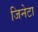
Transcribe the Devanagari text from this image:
जिनेटा